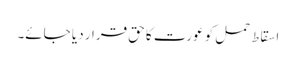
اسقاط حمل کو عورت کا حق قرار دیا جائے۔